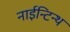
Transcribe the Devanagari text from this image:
नाईन्टिन्थ